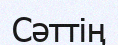
Сәттің